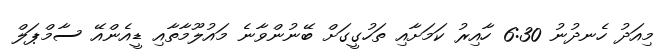
މިއަދު ހެނދުނު 6:30 ހާއިރު ކަމަށާއި ތަހުގީގަށް ބޭނުންވާނެ މައުލޫމާތާއި ޑީއެންއޭ ސާމްޕަލް